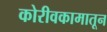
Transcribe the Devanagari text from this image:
कोरीवकामातून